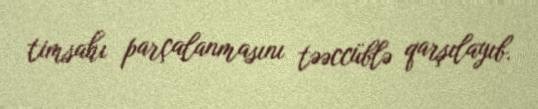
timsahı parçalanmasını təəccüblə qarşılayıb.